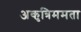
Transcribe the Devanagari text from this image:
अकृत्रिममता